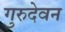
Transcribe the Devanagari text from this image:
गुरुदेवन